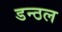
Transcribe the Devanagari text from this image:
डन्ठल